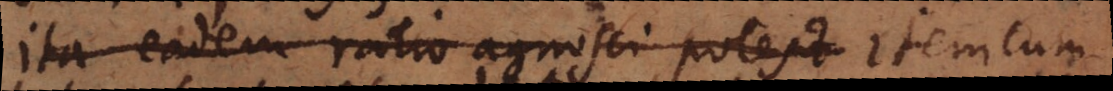
ita eadem ratio agnesci potest item cum